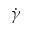
\dot { \gamma }